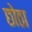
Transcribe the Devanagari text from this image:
छोठा